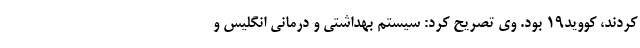
کردند، کووید۱۹ بود. وی تصریح کرد: سیستم بهداشتی و درمانی انگلیس و